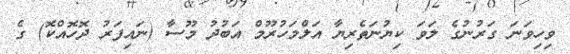
ވިހިވަނަ ގަރުނުގެ ލަވަ ކިޔުނަތެރިޔާ އަލްމަހުރޫމް އަބުދު މޫސާ (ނައިފަރު ދޮހޮއްކޮ) ގެ